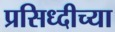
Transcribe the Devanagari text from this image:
प्रसिध्दीच्या